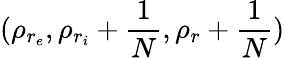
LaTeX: (\rho_{r_{e}},\rho_{r_{i}}+\frac{1}{N},\rho_{r}+\frac{1}{N})